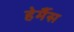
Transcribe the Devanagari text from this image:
हेर्मैस